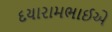
દયારામભાઈએ